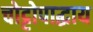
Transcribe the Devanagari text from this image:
चोट्टोपाद्धाय